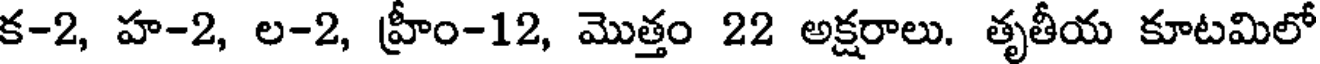
క-2, హ-2, ల-2, హ్రీం-12, మొత్తం 22 అక్షరాలు. తృతీయ కూటమిలో